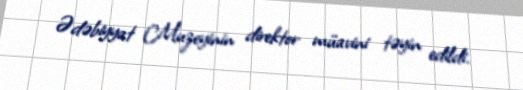
Ədəbiyyat Muzeyinin direktor müavini təyin edildi.